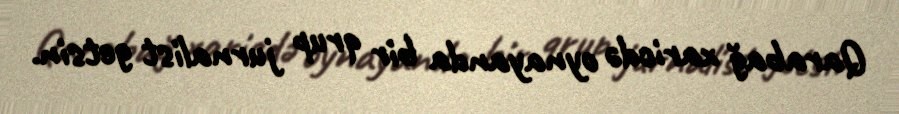
Qarabağ xaricdə oynayanda bir qrup jurnalist getsin.